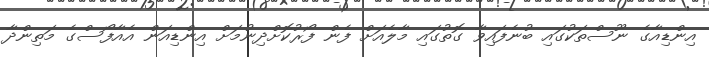
އިންޑިއާގެ ނޫސްތަކުގައި ބުނެފައިވާ ގޮތުގައި މާލެއަށް ފެން ފޯރުކޮށްދިނުމަށް އިންޑިއަން އެއާފޯސްގެ މަތިންދާ